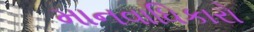
માનવાધિકારો